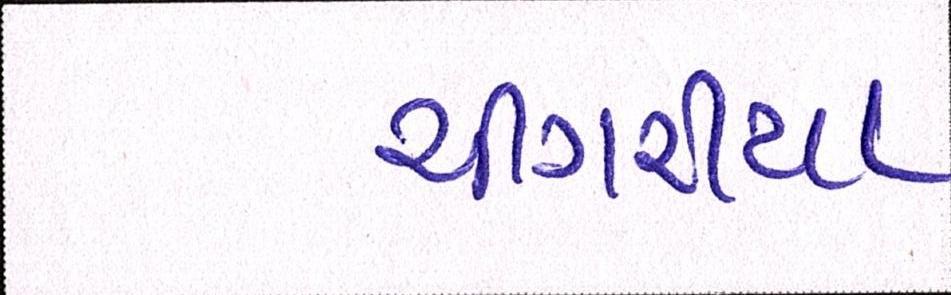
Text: ચીંગરીયા